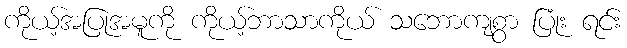
ကိုယ့်အပြုအမူကို ကိုယ့်ဘာသာကိုယ် သဘောကျစွာ ပြုံး ရင်း